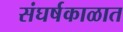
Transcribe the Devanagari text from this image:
संघर्षकाळात